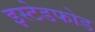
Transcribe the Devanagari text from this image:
इस्टेडफोड